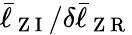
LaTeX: \bar{\ell}_{\mathrm{~Z~I~}}/\delta\bar{\ell}_{\mathrm{~Z~R~}}